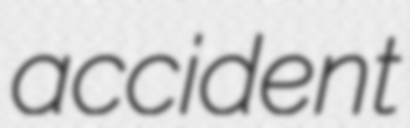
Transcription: accident